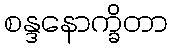
စန္ဒနောက္ခိတာ